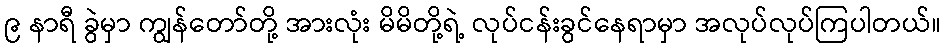
၉ နာရီ ခွဲမှာ ကျွန်တော်တို့ အားလုံး မိမိတို့ရဲ့ လုပ်ငန်းခွင်နေရာမှာ အလုပ်လုပ်ကြပါတယ်။